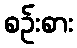
စဉ်းစား